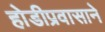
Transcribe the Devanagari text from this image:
होडीप्रवासाने